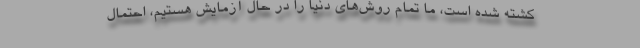
کشته شده است، ما تمام روش‌های دنیا را در حال آزمایش هستیم، احتمال